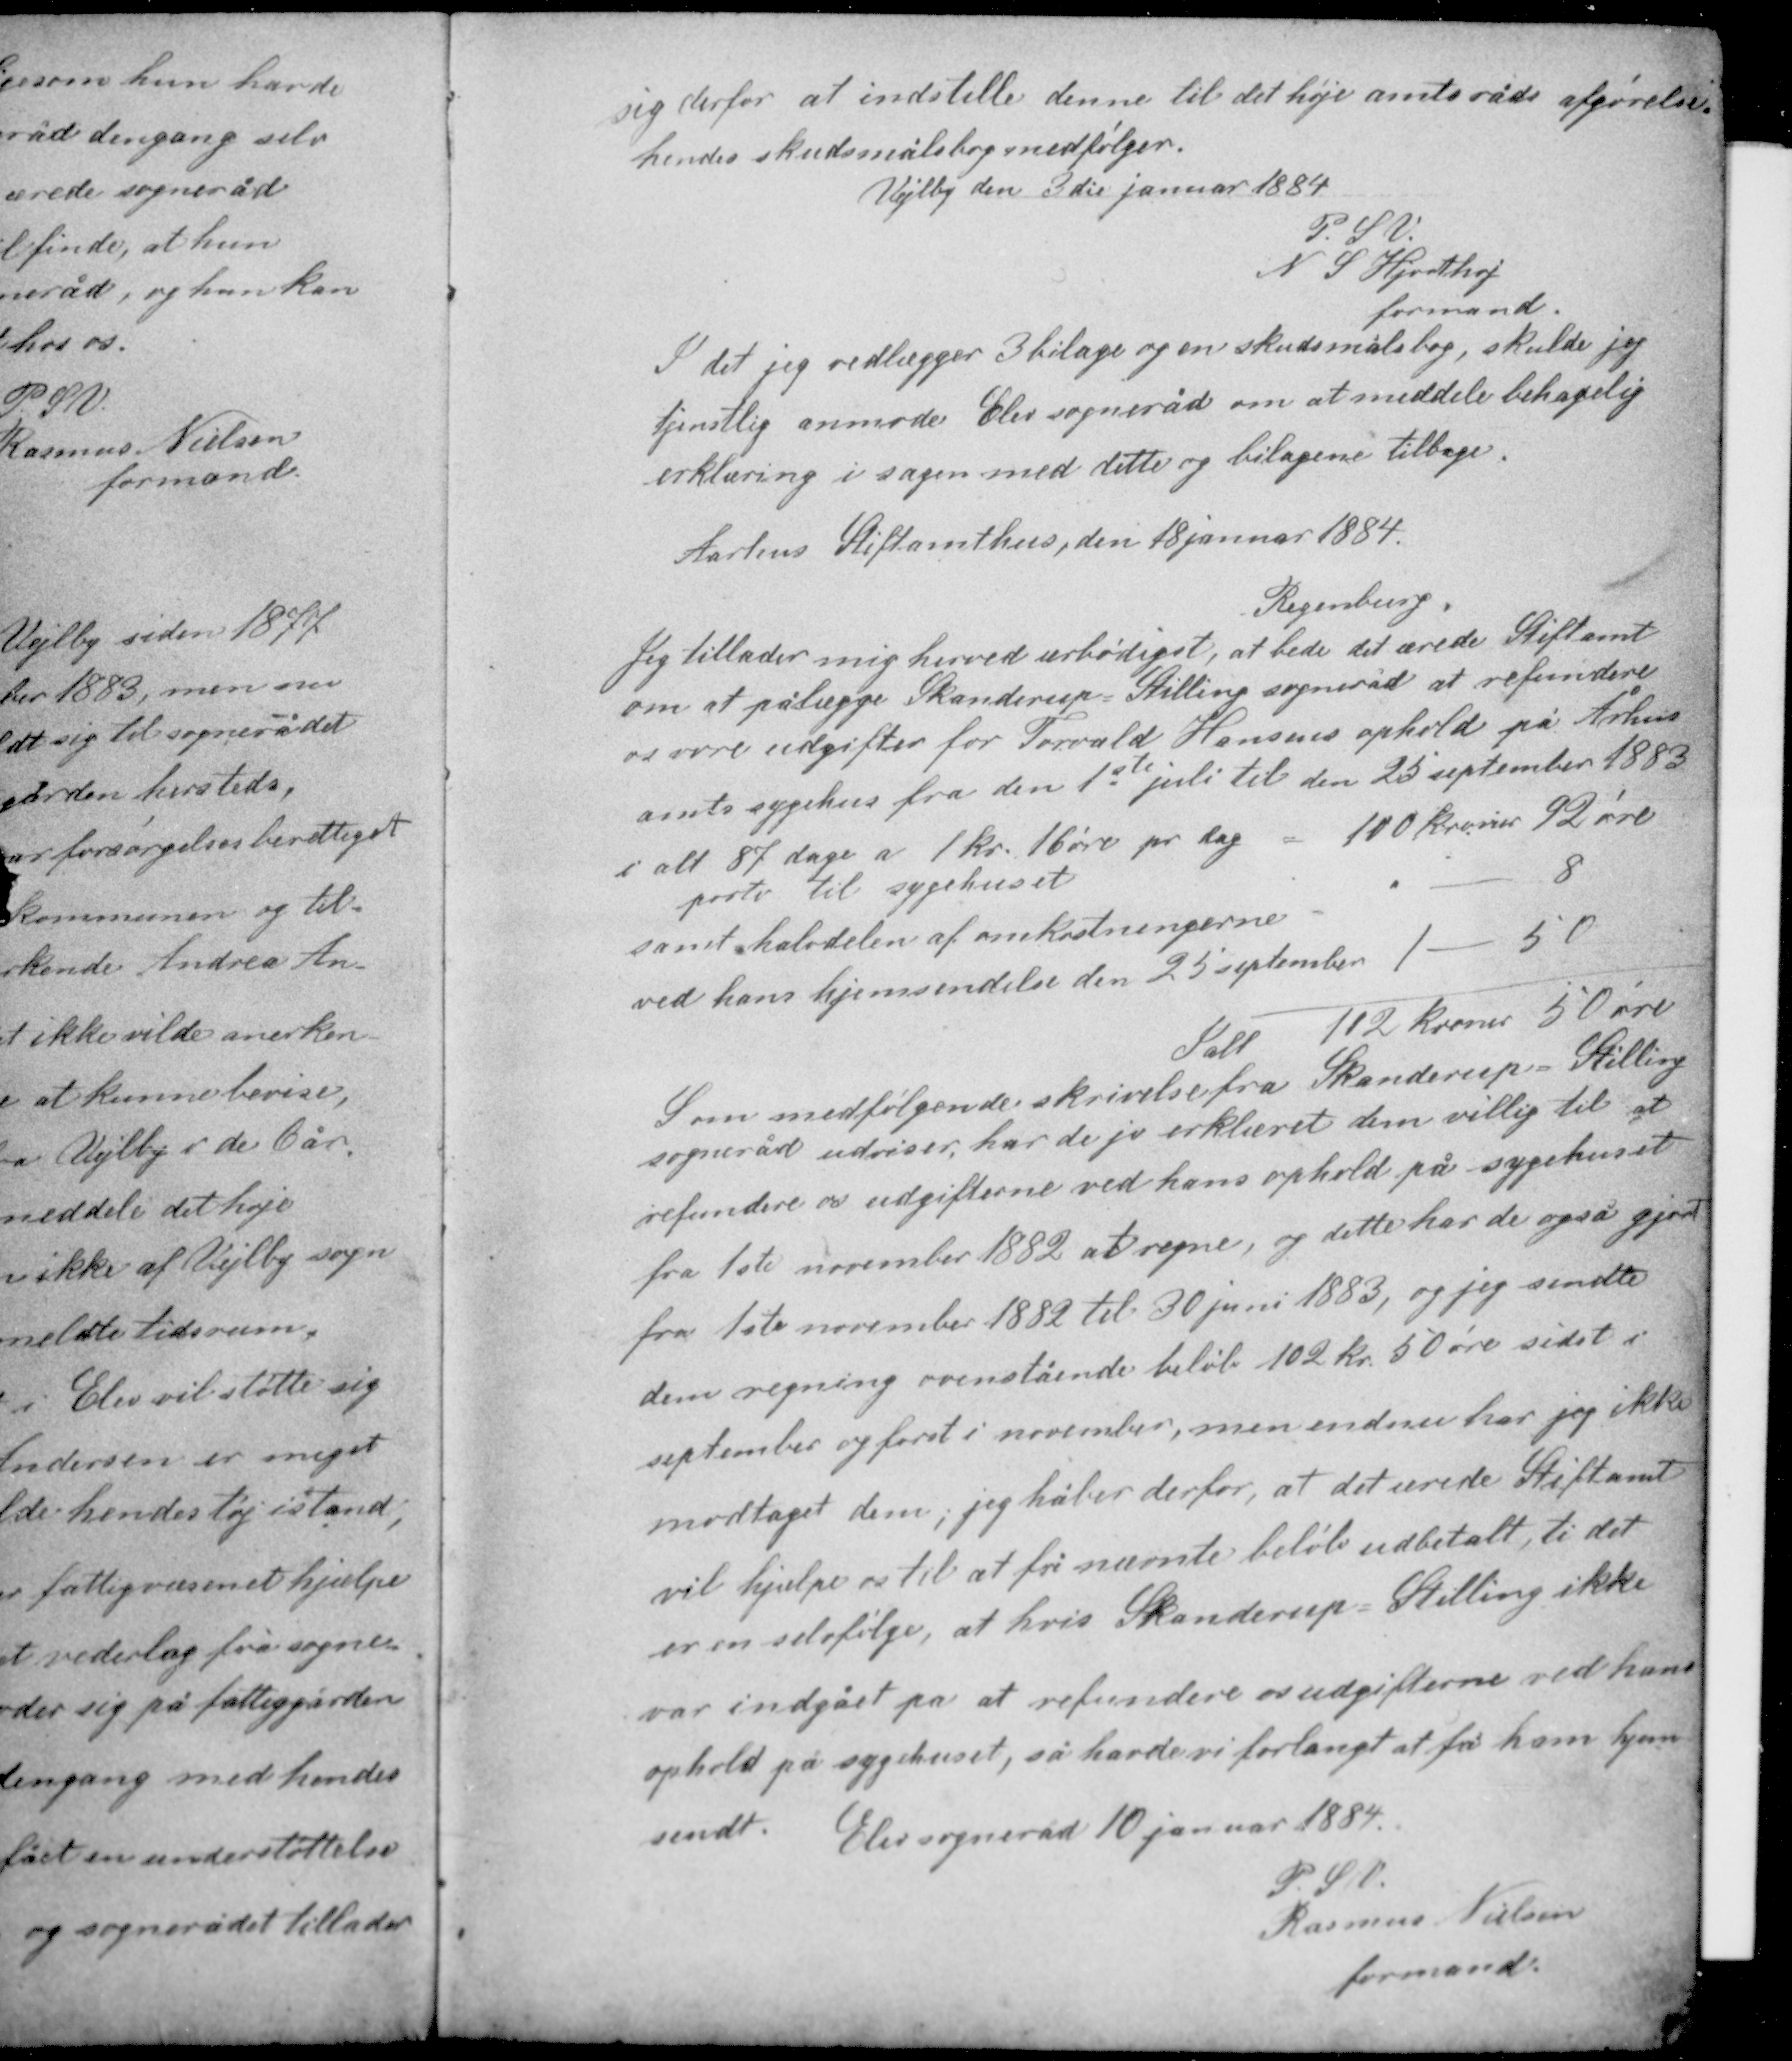
Transskription:
sig derfor at indstille denne til det høje amtsråds afgørelse.
hendes skudsmålsbog medfølger

Vejlby den 3die januar 1884
P.S.V.
N. S. Hjortshøj
formand

I det jeg vedlægger 3 bilage og en skudsmålsbog, skulde jeg
tjenstlig anmode Elev sogneråd om at meddele behagelig
erklæring i sagen med dette og bilagene tilbage.

Aarhus Stiftsamthus, den 18 januar 1884

Regenburg
Jeg tillader mig herved ærbødigst, at bede det ærede Stiftamt
om at pålægge Skanderup Stilling sogneråd at refundere
os vore udgifter for Torvald Hansens ophold på Århus
amts sygehus fra den 1ste juli til den 25 september 1883
i alt 87 dage a 1 kr. 16 øre pr. dag - 100 kroner 92 øre
porto til sygehuset - 8
samt halvdelen af omkostningerne
ved hans hjemsendelse den 25 september 1 - 50
Ialt 112 kroner 50 øre

Som medfølgende skrivelse fra Skanderup Stilling
sogneråd udviser har de jo erklæret dem villig til at
refundere os udgifterne ved hans ophold på sygehuset
fra 1ste november 1882 at regne, og dette har de også gjort
fra 1ste november 1882 til 30 juni 1883, og jeg sendte
dem regning ovenstående beløb 102 kr. 50 øre sidst i
september og først i november, men endnu har jeg ikke
modtaget dem, jeg håber derfor, at det ærede Stiftamt
vil hjælpe os til at få nævnte beløb udbetalt ti det
er en selvfølge, at hvis Skanderup Stilling ikke

var indgået på at refundere os udgifterne ved hans
ophold på sygehuset, så havde vi forlangt at få ham hjem-
sendt. Elev sogneråd 10 januar 1884
P.S.V.
Rasmus Nielsen
formand